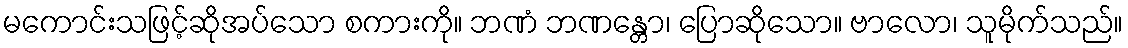
မကောင်းသဖြင့်ဆိုအပ်သော စကားကို။ ဘဏံ ဘဏန္တော၊ ပြောဆိုသော။ ဗာလော၊ သူမိုက်သည်။